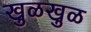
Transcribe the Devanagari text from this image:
खुळखुळ